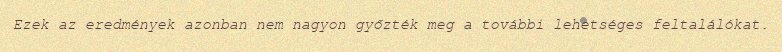
Ezek az eredmények azonban nem nagyon győzték meg a további lehetséges feltalálókat.